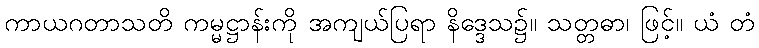
ကာယဂတာသတိ ကမ္မဋ္ဌာန်းကို အကျယ်ပြရာ နိဒ္ဒေသ၌။ သတ္တဓာ၊ ဖြင့်။ ယံ တံ